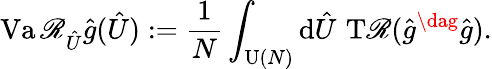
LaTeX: \operatorname{Va\mathscr{R}}_{\hat{{U}}}\hat{{g}}(\hat{{U}}):=\frac{{1}}{{N}}\int_{\operatorname{U}(N)}\mathrm{{d}}\hat{{U}}\, \operatorname{T\mathscr{R}}(\hat{{g}}^{\dag}\hat{{g}}).